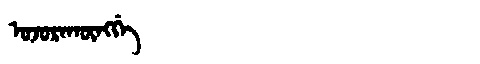
Manchu: ᠣᠵᠣᡵᠠᡴᡡᠩᡤᡝ
Romanization: OJORAKŪNGGE